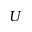
\boldsymbol { U }